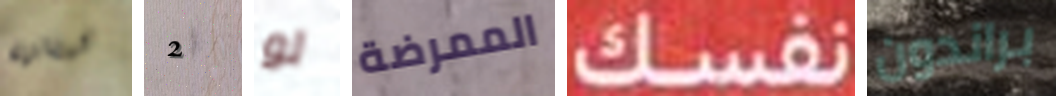
لبنانية 2 لو الممرضة نفسك براندون